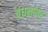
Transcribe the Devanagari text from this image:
बंधनावर